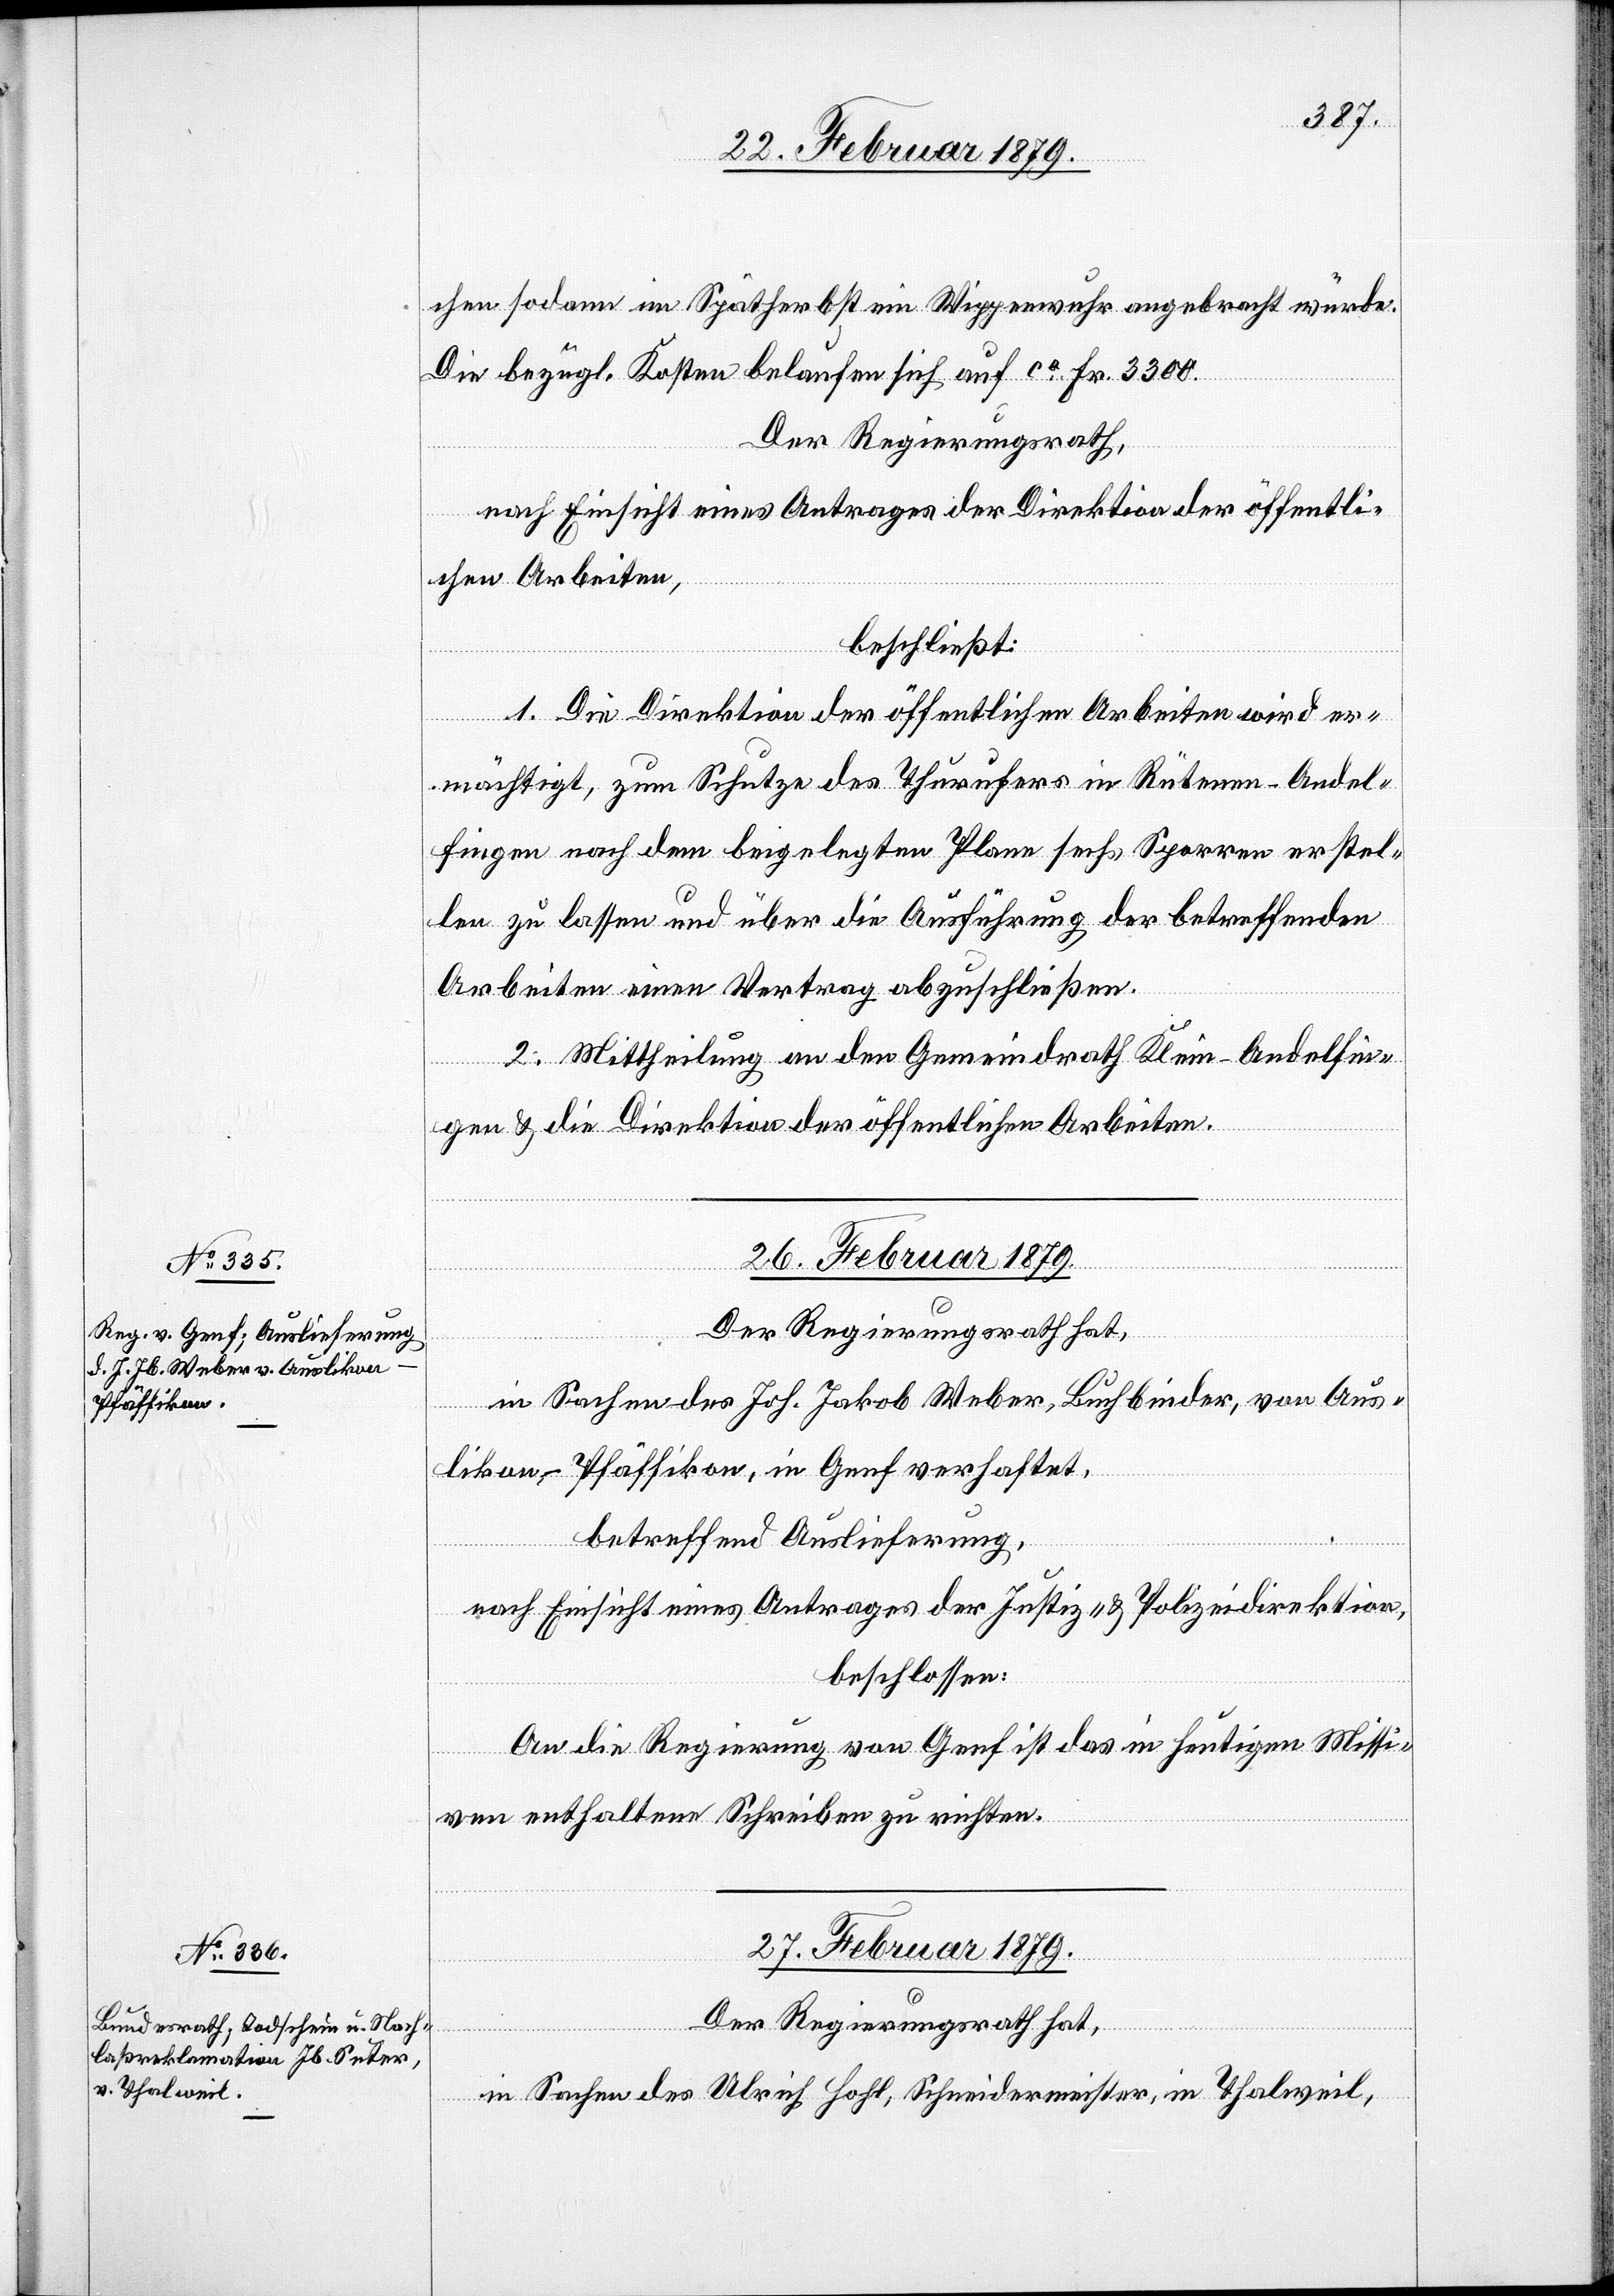
en sodann im Spätherbst ein Wippenwuhr angebracht würde.
Die bezügl. Kosten belaufen sich auf ca Fr. 3300.
Der Regierungsrath,
nach Einsicht eines Antrages der Direktion der öffentli¬
chen Arbeiten,
beschließt:
1. Die Direktion der öffentlichen Arbeiten wird er¬
mächtigt, zum Schutze des Thurufers in Rütenen - Andel¬
fingen nach dem beigelegten Plane sechs Sparren erstel¬
len zu lassen und über die Ausführung der betreffenden
Arbeiten einen Vertrag abzuschließen.
2. Mittheilung an den Gemeindrath Klein-Andelfin¬
gen & die Direktion der öffentlichen Arbeiten.
26. Februar 1879.
Der Regierungsrath hat,
in Sachen des Joh. Jakob Weber, Buchbinder, von Aus¬
likon - Pfäffikon, in Genf verhaftet,
betreffend Auslieferung,
nach Einsicht eines Antrages des Justiz- & Polizeidirektion,
beschlossen:
An die Regierung von Genf ist das in heutigen Missi¬
ven enthaltene Schreiben zu richten.
27. Februar 1879.
Der Regierungsrath hat,
in Sachen des Ulrich Hohl, Schneidermeister, in Thalweil,